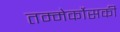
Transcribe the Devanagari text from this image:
तम्मेर्कोसकी